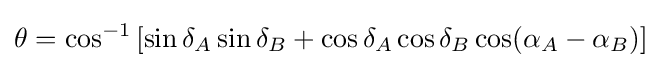
\theta =\cos ^{-1}\left[\sin \delta _{A}\sin \delta _{B}+\cos \delta _{A}\cos \delta _{B}\cos(\alpha _{A}-\alpha _{B})\right]